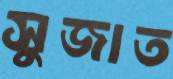
সুজাত